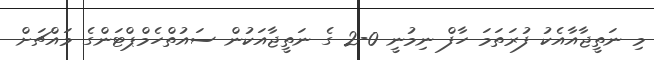
މި ނަތީޖާއާއެކު ފުރަތަމަ ހާފް ނިމުނީ 0-2 ގެ ނަތީޖާއަކުން ސައުތްހެމްޕްޓަންގެ މައްޗަށް